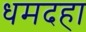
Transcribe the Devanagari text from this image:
धमदहा